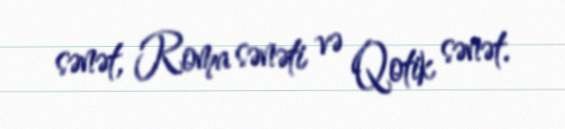
sənət, Roma sənəti və Qotik sənət.